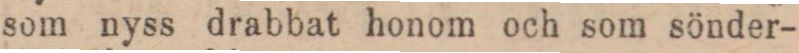
som nyss drabbat honom och som sönder-